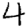
Digit: 4